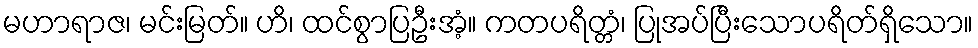
မဟာရာဇ၊ မင်းမြတ်။ ဟိ၊ ထင်စွာပြဦးအံ့။ ကတပရိတ္တံ၊ ပြုအပ်ပြီးသောပရိတ်ရှိသော။